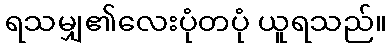
ရသမျှ၏လေးပုံတပုံ ယူရသည်။